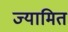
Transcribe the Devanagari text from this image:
ज्यामित